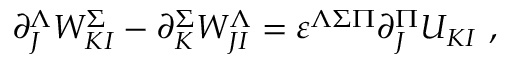
\partial _ { J } ^ { \Lambda } W _ { K I } ^ { \Sigma } - \partial _ { K } ^ { \Sigma } W _ { J I } ^ { \Lambda } = \varepsilon ^ { \Lambda \Sigma \Pi } \partial _ { J } ^ { \Pi } U _ { K I } \ ,